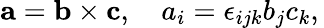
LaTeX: \mathbf{a}=\mathbf{b}\times\mathbf{c},\quad a_{i}=\epsilon_{ijk}b_{j}c_{k},\,